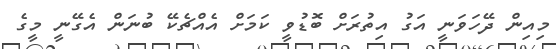
މިއިން ދޭހަވަނީ އަގު އިތުރަށް ބޮޑުވީ ކަމަަށް އެއްޗެކޭ ބުނަން އެގޭނީ މީގެ